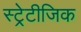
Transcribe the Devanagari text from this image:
स्ट्रेटीजिक